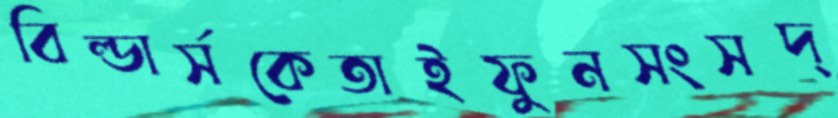
বিল্ডার্সকেতাইফুনসংসদ্